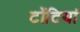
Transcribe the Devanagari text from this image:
टोंटियां